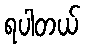
ရပါတယ်